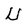
Character: U